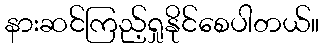
နားဆင်ကြည့်ရှုနိုင်စေပါတယ်။